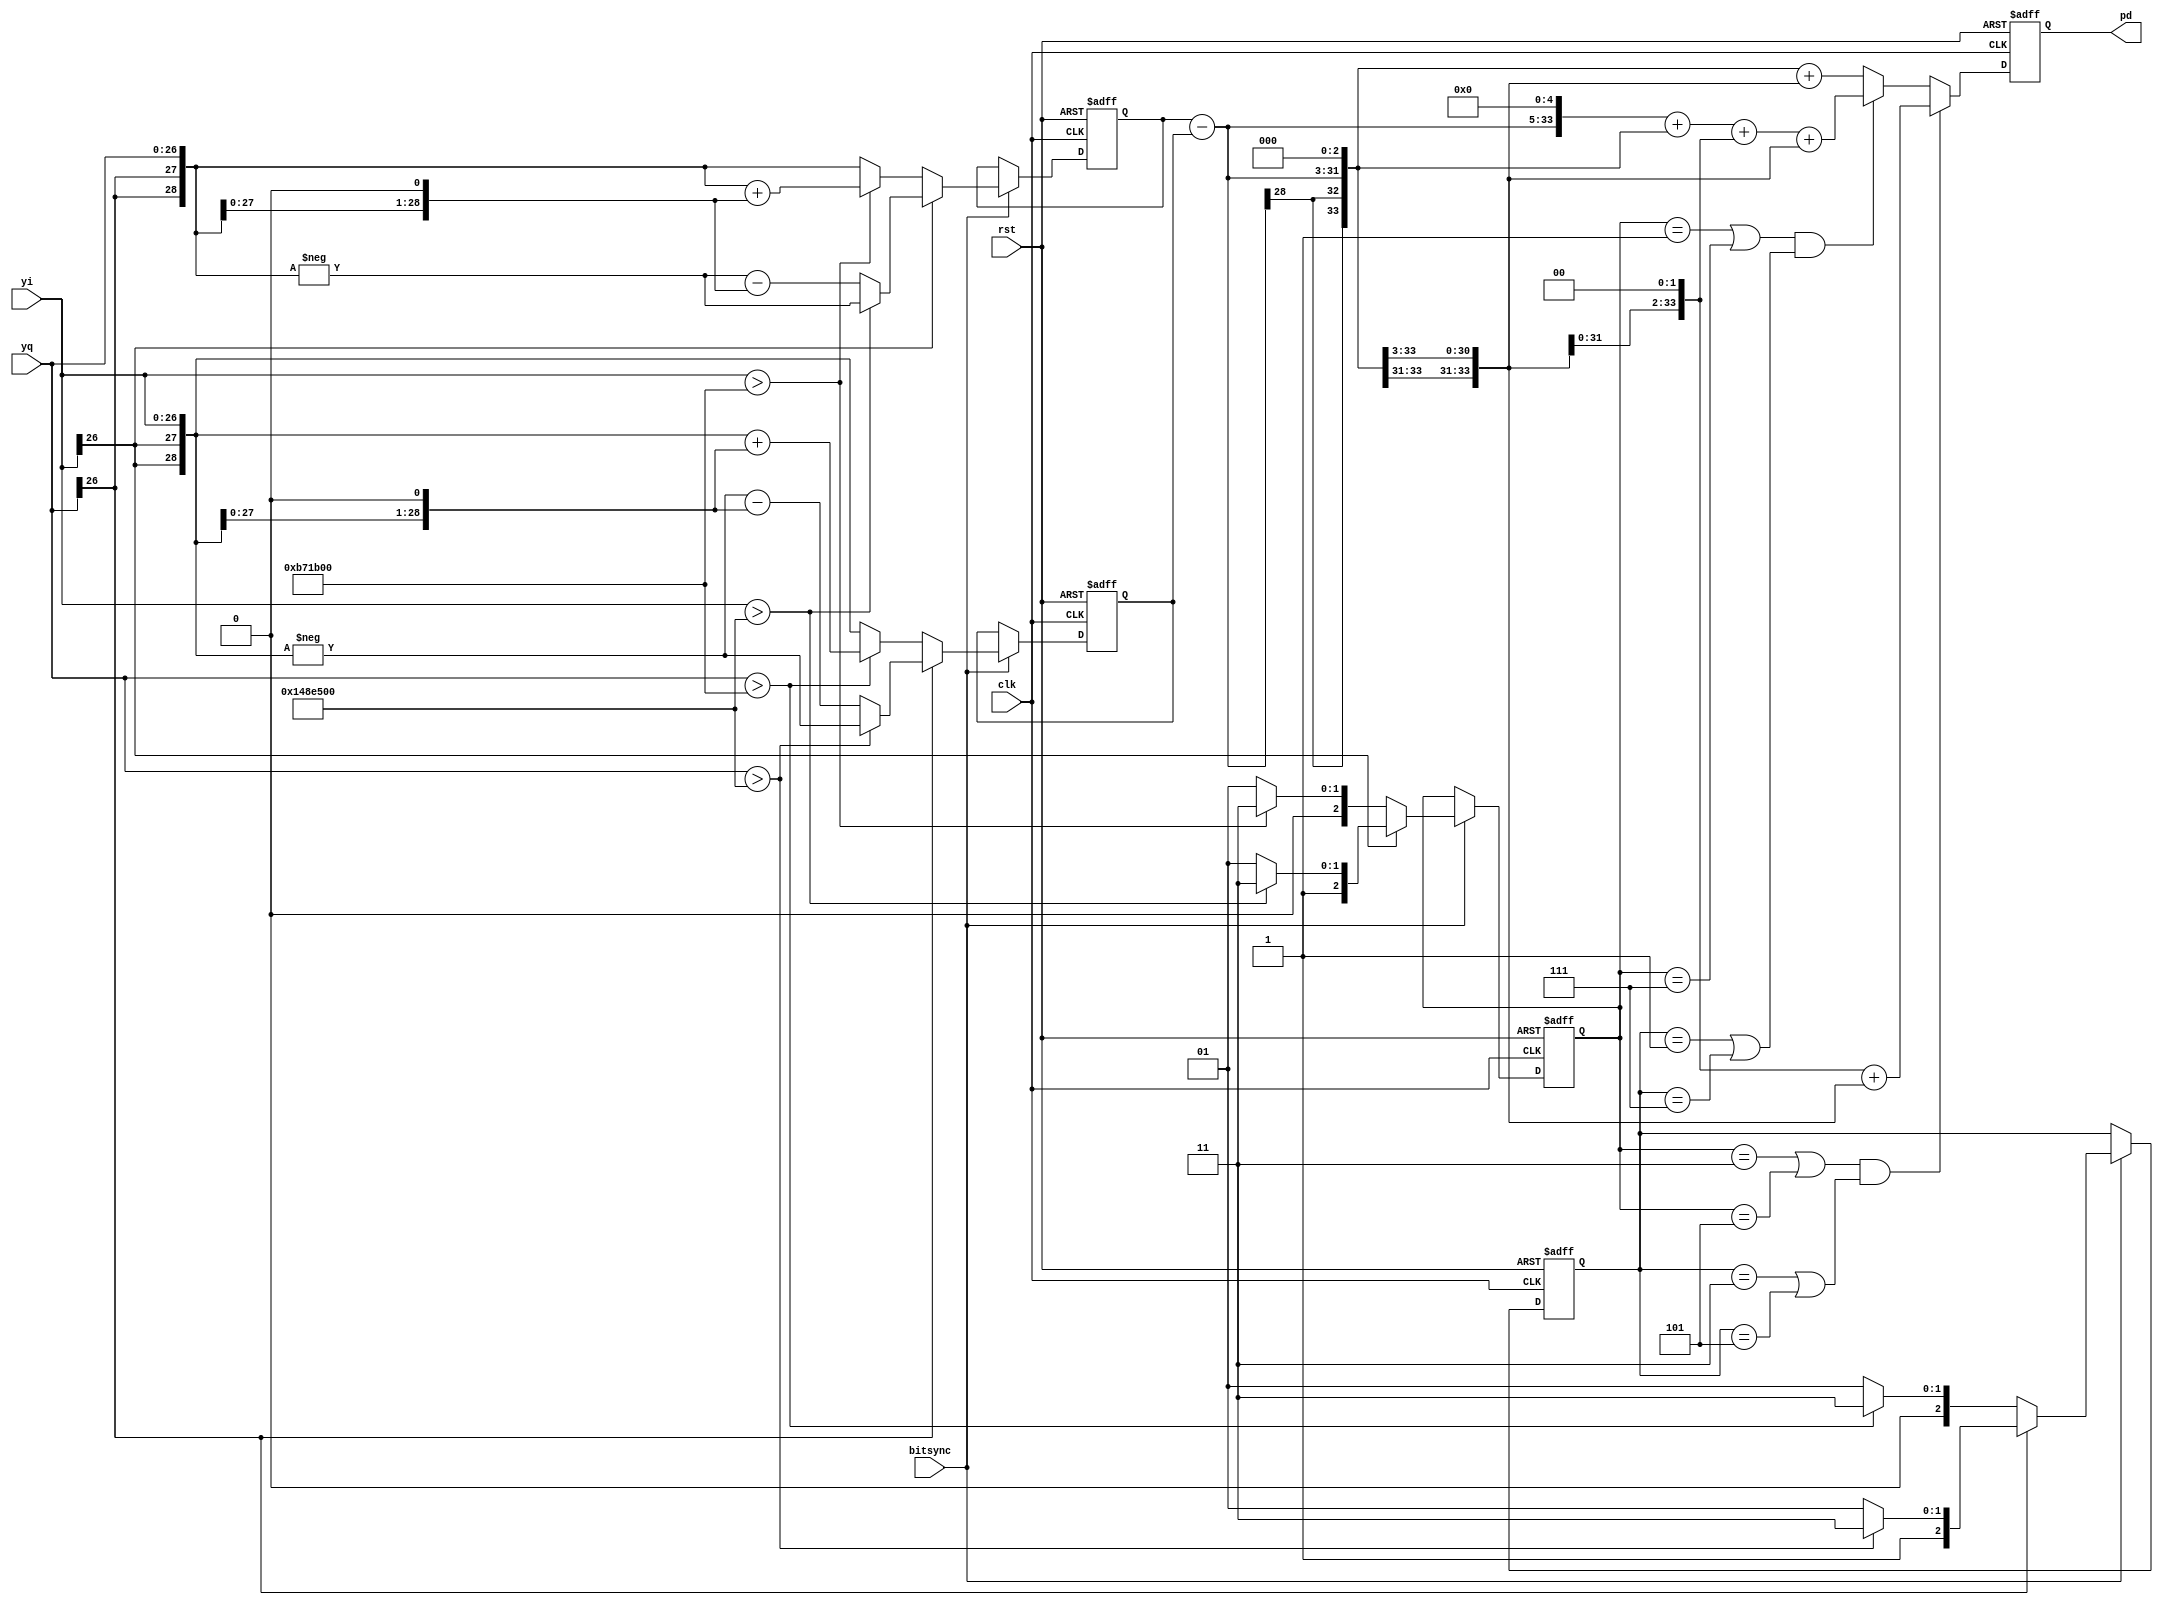
//DD.v
module DD (
	rst,clk,yi,yq,bitsync,
	pd); 
	
	input		rst;   			  //
	input		clk;   			  //FPGA8MHz
	input    bitsync;         //1MHz
	input	 signed [26:0]	yi;  //8MHz
	input	 signed [26:0]	yq;  //8MHz
	output signed [33:0]	pd;  //   *90
   
	
	//
	wire signed [26:0] gateup,gatedown;
	assign gateup = 27'd12000000;     
	assign gatedown = -27'd12000000;
	

	//I/QQ/I
	reg [2:0] i,q;
	reg signed [28:0] i_yq,q_yi;
	always @(posedge clk or posedge rst)
		if (rst)
		   begin
				i <= 3'd0;
				q <= 3'd0;
				i_yq <= 29'd0;
				q_yi <= 29'd0;
			end
		else
			//
			if (bitsync)	
				begin
			   //IQ
				if (!yi[26])
					if (yi > gateup)
						begin
							i <= 3'b011;
							i_yq <= {{2{yq[26]}},yq} +{{1{yq[26]}},yq,1'b0};//*3
						end
					else
						begin
							i <= 3'b001;
							i_yq <= {{2{yq[26]}},yq};//*1
						end				
				else
					if (yi > gatedown)
						begin
							i <= 3'b111;
							i_yq <= -{{2{yq[26]}},yq};//*-1
						end
					else
						begin
							i <= 3'b101;
							i_yq <= -{{2{yq[26]}},yq} - {{1{yq[26]}},yq,1'b0};//*-3
						end
			   //QI
				if(!yq[26])
					if (yq > gateup)
						begin
							q <= 3'b011;
							q_yi <= {{2{yi[26]}},yi} + {{1{yi[26]}},yi,1'b0};//*3
						end
					else
						begin
							q <= 3'b001;
							q_yi <= {{2{yi[26]}},yi};//*1
						end				
				else
					if (yq > gatedown)
						begin
							q <= 3'b111;
							q_yi <= -{{2{yi[26]}},yi};//*-1
						end
					else
						begin
							q <= 3'b101;
							q_yi <= -{{2{yi[26]}},yi} - {{1{yi[26]}},yi,1'b0};//*-3
						end
	         end					
			

   wire signed [28:0] aiq;
	assign aiq = i_yq - q_yi;
	reg signed [35:0] pdout;
	
	//(8-10)(8-18)dangle=aiq/(i^2+q^2)
	//dangle90
	always @(posedge clk or posedge rst)
		if (rst)
		   pdout <= 36'd0;
		else
		   if (((i==3'b011)|(i==3'b101)) && ((q==3'b011)|(q==3'b101)))
			   //i*i+q*q=18  9018* 54+1
			   pdout <= {{5{aiq[28]}},aiq,2'd0} + {{7{aiq[28]}},aiq};
		   else if (((i==3'b001)|(i==3'b111)) && ((q==3'b001)|(q==3'b111)))
			   //i*i+q*q=2  902* 4532+8+4+1
			   pdout <= {{2{aiq[28]}},aiq,5'd0} + {{4{aiq[28]}},aiq,3'd0}+ {{5{aiq[28]}},aiq,2'd0}+ {{7{aiq[28]}},aiq};			
		   else
			   //i*i+q*q=10  9010*9 8+1
			   pdout <= {{4{aiq[28]}},aiq,3'd0} + {{7{aiq[28]}},aiq};		

     assign pd = pdout[33:0];	
	
endmodule